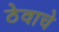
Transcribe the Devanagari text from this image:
ठेवाचे